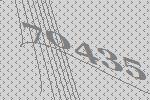
70435